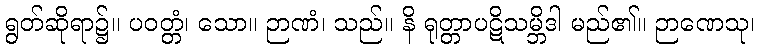
ရွတ်ဆိုရာ၌။ ပဝတ္တံ၊ သော။ ဉာဏံ၊ သည်။ နိ ရုတ္တာပဋိသမ္ဘိဒါ မည်၏။ ဉာဏေသု၊